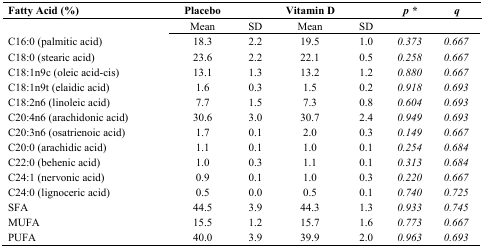
<table><thead><tr><td><b>Fatty Acid (%)</b></td><td><b>Placebo</b></td><td></td><td><b>Vitamin D</b></td><td></td><td><b><i>p *</i></b></td><td><b><i>q</i></b></td></tr></thead><tbody><tr><td></td><td>Mean</td><td>SD</td><td>Mean</td><td>SD</td><td></td><td></td></tr><tr><td>C16:0 (palmitic acid)</td><td>18.3</td><td>2.2</td><td>19.5</td><td>1.0</td><td><i>0.373</i></td><td><i>0.667</i></td></tr><tr><td>C18:0 (stearic acid)</td><td>23.6</td><td>2.2</td><td>22.1</td><td>0.5</td><td><i>0.258</i></td><td><i>0.667</i></td></tr><tr><td>C18:1n9c (oleic acid-cis)</td><td>13.1</td><td>1.3</td><td>13.2</td><td>1.2</td><td><i>0.880</i></td><td><i>0.667</i></td></tr><tr><td>C18:1n9t (elaidic acid)</td><td>1.6</td><td>0.3</td><td>1.5</td><td>0.2</td><td><i>0.918</i></td><td><i>0.693</i></td></tr><tr><td>C18:2n6 (linoleic acid)</td><td>7.7</td><td>1.5</td><td>7.3</td><td>0.8</td><td><i>0.604</i></td><td><i>0.693</i></td></tr><tr><td>C20:4n6 (arachidonic acid)</td><td>30.6</td><td>3.0</td><td>30.7</td><td>2.4</td><td><i>0.949</i></td><td><i>0.693</i></td></tr><tr><td>C20:3n6 (osatrienoic acid)</td><td>1.7</td><td>0.1</td><td>2.0</td><td>0.3</td><td><i>0.149</i></td><td><i>0.667</i></td></tr><tr><td>C20:0 (arachidic acid)</td><td>1.1</td><td>0.1</td><td>1.0</td><td>0.1</td><td><i>0.254</i></td><td><i>0.684</i></td></tr><tr><td>C22:0 (behenic acid)</td><td>1.0</td><td>0.3</td><td>1.1</td><td>0.1</td><td><i>0.313</i></td><td><i>0.684</i></td></tr><tr><td>C24:1 (nervonic acid)</td><td>0.9</td><td>0.1</td><td>1.0</td><td>0.3</td><td><i>0.220</i></td><td><i>0.667</i></td></tr><tr><td>C24:0 (lignoceric acid)</td><td>0.5</td><td>0.0</td><td>0.5</td><td>0.1</td><td><i>0.740</i></td><td><i>0.725</i></td></tr><tr><td>SFA</td><td>44.5</td><td>3.9</td><td>44.3</td><td>1.3</td><td><i>0.933</i></td><td><i>0.745</i></td></tr><tr><td>MUFA</td><td>15.5</td><td>1.2</td><td>15.7</td><td>1.6</td><td><i>0.773</i></td><td><i>0.667</i></td></tr><tr><td>PUFA</td><td>40.0</td><td>3.9</td><td>39.9</td><td>2.0</td><td><i>0.963</i></td><td><i>0.693</i></td></tr></tbody></table>